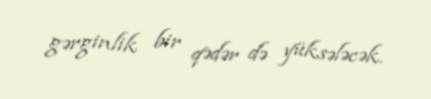
gərginlik bir qədər də yüksələcək.